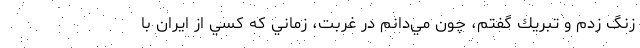
زنگ زدم و تبريك گفتم، چون مي‌دانم در غربت، زماني كه كسي از ايران با